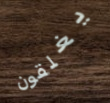
يغلقون